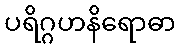
ပရိဂ္ဂဟနိရောဓာ